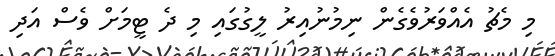
މި މެޗު އެއްވަރުވެގެން ނިމުނުއިރު ލީގުގައި މި ދެ ޓީމަށް ވެސް އަދި